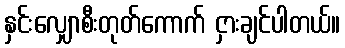
နှင်းလျှောစီးတုတ်ကောက် ငှားချင်ပါတယ်။